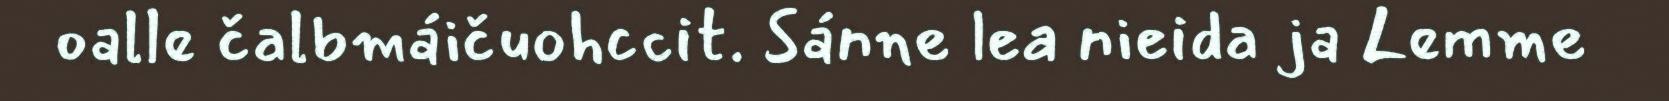
oalle čalbmáičuohccit. Sánne lea nieida ja Lemme